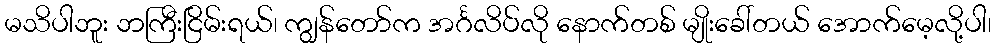
မသိပါဘူး ဘကြီးငြိမ်းရယ်၊ ကျွန်တော်က အင်္ဂလိပ်လို နောက်တစ် မျိုးခေါ်တယ် အောက်မေ့လို့ပါ၊